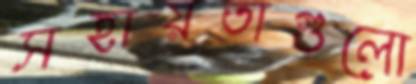
সহায়তাগুলো